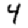
Digit: 4